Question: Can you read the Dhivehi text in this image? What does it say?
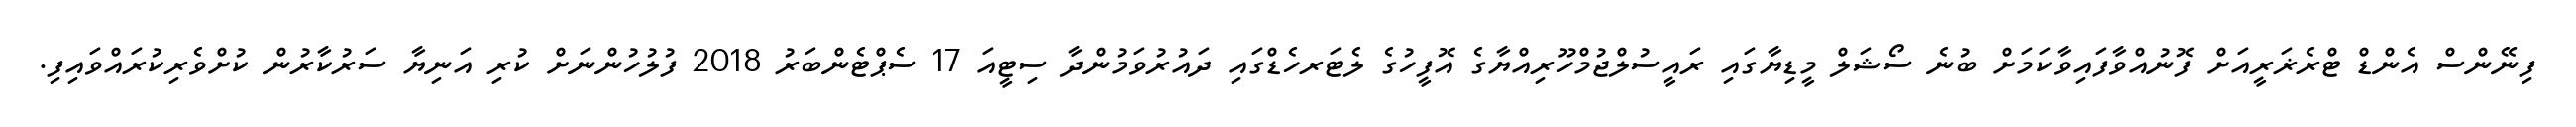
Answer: ފިނޭންސް އެންޑް ޓްރެޜަރީއަށް ފޮނުއްވާފައިވާކަމަށް ބުނެ ސޯޝަލް މީޑިޔާގައި ރައީސުލްޖުމްހޫރިއްޔާގެ އޮފީހުގެ ލެޓަރހެޑްގައި ދައުރުވަމުންދާ ސިޓީއަ 17 ސެޕްޓެންބަރު 2018 ފުލުހުންނަށް ކުރި އަނިޔާ ސަރުކާރުން ކުށްވެރިކުރައްވައިފި.